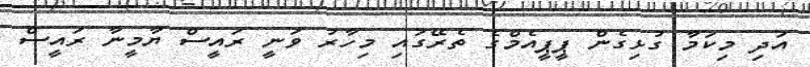
އަދި މިކަމާ ގުޅިގެން ޕީޕީއެމްގެ ތެރޭގައި މިހާރު ވަނީ ރައީސް ޔާމީނާ ރައީސް